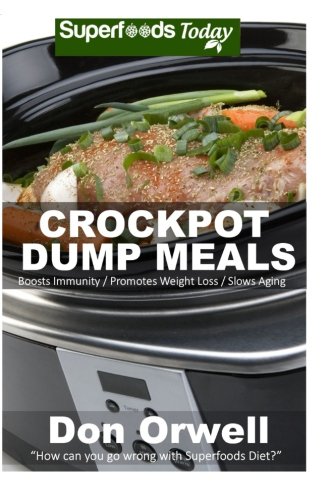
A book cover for Crockpot Dump Meals: 60+ Dump Meals, Dump Dinners Recipes, Antioxidants & Phytochemicals: Soups Stews and Chilis, Gluten Free Cooking, Casserole ... Cookbook-Slow Cooker Meals) (Volume 82); Don Orwell; Cookbooks, Food & Wine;